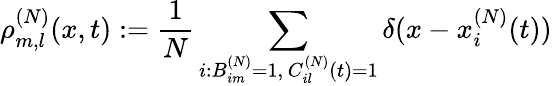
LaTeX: \rho_{m,l}^{(N)}(x,t):=\frac{1}{N}\sum_{\substack{i:B_{im}^{(N)}=1,\, C_{il}^{(N)}(t)=1}}\delta(x-x_{i}^{(N)}(t))